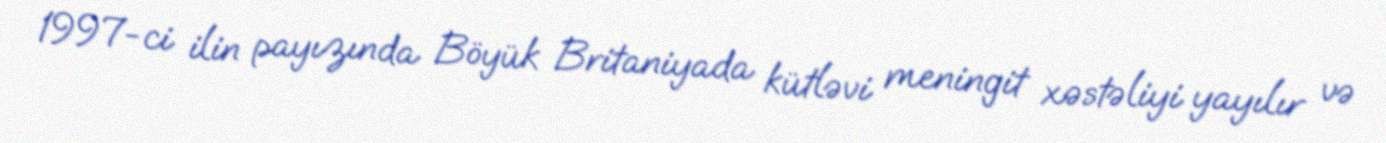
1997-ci ilin payızında Böyük Britaniyada kütləvi meningit xəstəliyi yayılır və